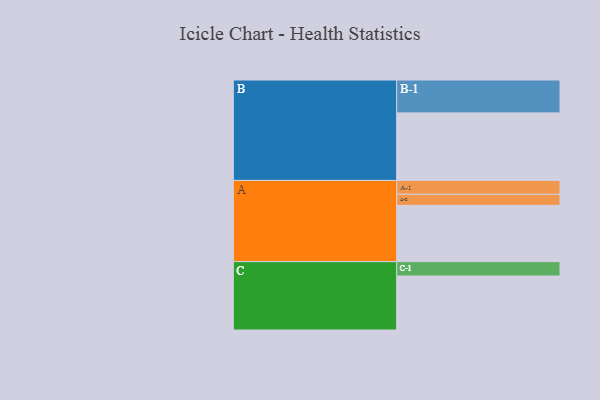
{"axis": {"x": "Segment", "y": "Value"}, "legend": ["", "A", "B", "C"], "data": [{"x": "A", "y": 479, "type": ""}, {"x": "B", "y": 575, "type": ""}, {"x": "C", "y": 460, "type": ""}, {"x": "A-1", "y": 118, "type": "A"}, {"x": "A-2", "y": 94, "type": "A"}, {"x": "B-1", "y": 280, "type": "B"}, {"x": "C-1", "y": 122, "type": "C"}]}